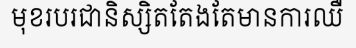
មុខរបរជានិស្សិតតែងតែមានការឈឺ